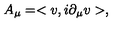
A _ { \mu } = < v , i \partial _ { \mu } v > ,